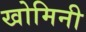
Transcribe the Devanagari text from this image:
खोमिनी